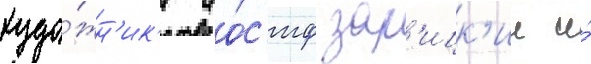
худо́жн'ик'и ио́с'иф зар'ицк'ии и́